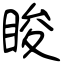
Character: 睃